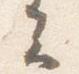
云